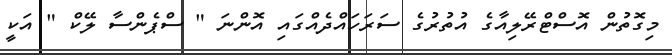
މިގޮތުން އޮސްޓްރޭލިއާގެ އުތުރުގެ ސަރަހައްދެއްގައި އޮންނަ " ސްޕެންސާ ލޭކް " އަކީ